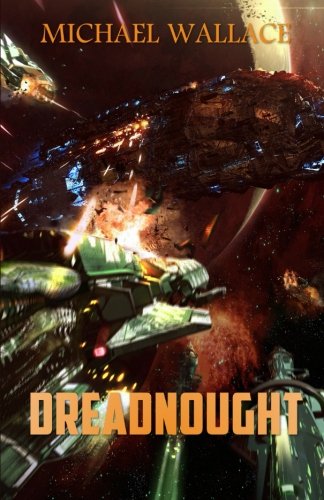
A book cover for Dreadnought (Starship Blackbeard) (Volume 3); Michael Wallace; Science Fiction & Fantasy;